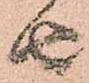
由